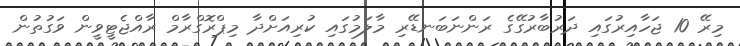
މިރޭ 10 ޖަހާއިރުގައި ދަރުބާރުގޭގެ ރަންނަބަނޑޭރި މާލަމުގައި ކުރިއަށްދާ މިޕްރޮގްރާމް ރާއްޖެޓީވީން ވަގުތުން